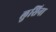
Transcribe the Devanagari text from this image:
लुसिना